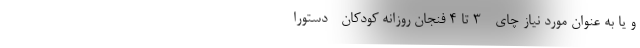
و یا به عنوان مورد نیاز چای - 3 تا 4 فنجان روزانه کودکان - دستورا